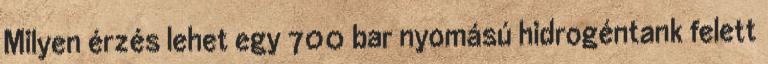
Milyen érzés lehet egy 700 bar nyomású hidrogéntank felett